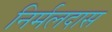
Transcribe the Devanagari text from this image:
निर्मलदास